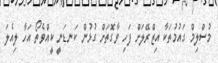
މުސްލިމް ގައުމުތަކާ އިޒްރޭލަށް ފަހި ވާގޮތަށް ގުޅުން ކަނޑަނީ ކީއްވެތޯ އަހާ ލިއެލަ